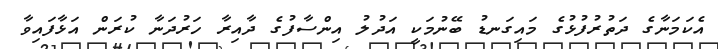
އެކަމަނާގެ ދަތުރުފުޅުގެ މައިގަނޑު ބޭނުމަކީ އަދުލު އިންސާފުގެ ދާއިރާ ހަރުދަނާ ކުރަން އަޅާފައިވާ